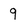
Character: 9